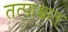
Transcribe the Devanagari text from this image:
तत्पाश्चात्